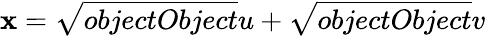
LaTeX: \mathbf{x}={\sqrt{{{objectObject}}}{{u}}}+{\sqrt{{{objectObject}}}{{v}}}